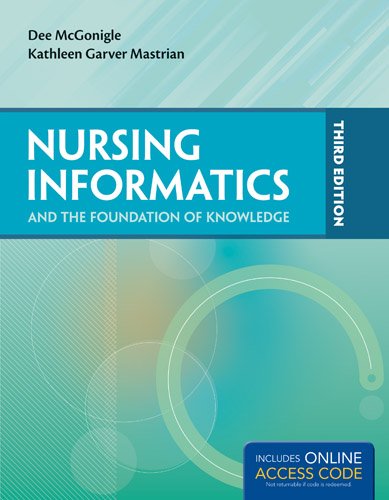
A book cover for Nursing Informatics And The Foundation Of Knowledge; Dee McGonigle; Medical Books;